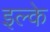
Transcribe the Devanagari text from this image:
इल्‍के